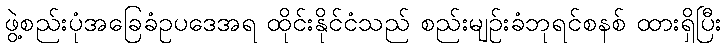
ဖွဲ့စည်းပုံအခြေခံဥပဒေအရ ထိုင်းနိုင်ငံသည် စည်းမျဉ်းခံဘုရင်စနစ် ထားရှိပြီး